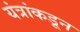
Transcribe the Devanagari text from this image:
यंत्रांकडून